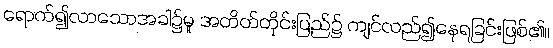
ရောက်၍လာသောအခါ၌မူ အတိတ်တိုင်းပြည်၌ ကျင်လည်၍နေရခြင်းဖြစ်၏။